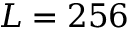
L = 2 5 6